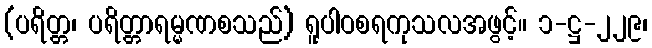
(ပရိတ္တ၊ ပရိတ္တာရမ္မဏစသည်) ရူပါဝစရကုသလအဖွင့်။ ၁-ဋ္ဌ-၂၂၉၊